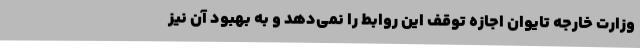
وزارت خارجه تایوان اجازه توقف این روابط را نمی‌دهد و به بهبود آن نیز